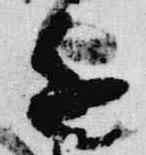
進